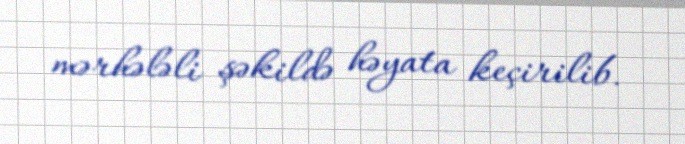
mərhələli şəkildə həyata keçirilib.